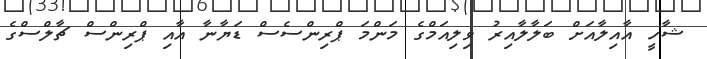
ޝާހީ އާއިލާއަށް ބަލާލާއިރު ވިލިއަމްގެ މަންމަ ޕްރިންސެސް ޑަޔާނާ އާއި ޕްރިންސް ޗާލްސްގެ